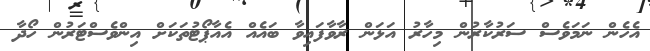
އެހެން ނަމަވެސް ސަރުކާރުން މިހާރު އަޅަން ރާވާފައިވާ ބައެއް އެއާޕޯޓުތަކަށް އިންވެސްޓަރުން ހޯދާ